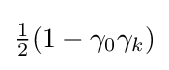
{\tfrac {1}{2}}(1-\gamma _{0}\gamma _{k})